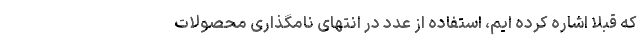
که قبلا اشاره کرده ایم، استفاده از عدد در انتهای نامگذاری محصولات